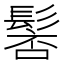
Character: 𩭸